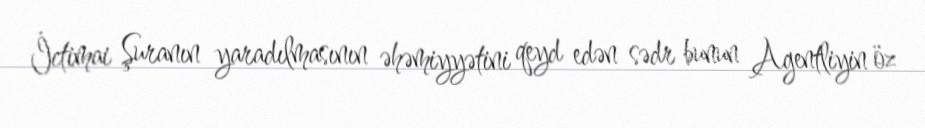
İctimai Şuranın yaradılmasının əhəmiyyətini qeyd edən sədr bunun Agentliyin öz